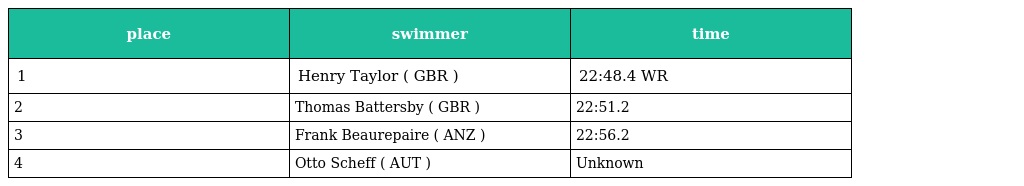
| place | swimmer | time |
 | --- | --- | --- |
 | 1 | Henry Taylor ( GBR ) | 22:48.4 WR |
 | 2 | Thomas Battersby ( GBR ) | 22:51.2 |
 | 3 | Frank Beaurepaire ( ANZ ) | 22:56.2 |
 | 4 | Otto Scheff ( AUT ) | Unknown |